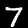
Digit: 7